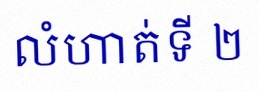
លំហាត់ទី ២